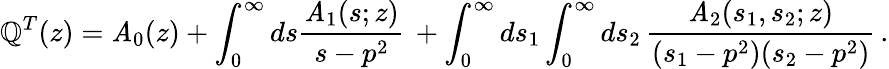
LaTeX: \mathbb{Q}^{T}(z)=\mathit{A}_{0}(z)+\int_{0}^{\infty}ds\frac{{\mathit{A}_{1}(s;z)}}{{s-p^{2}}}\, +\int_{0}^{\infty}ds_{1}\int_{0}^{\infty}ds_{2}\, \frac{{\mathit{A}_{2}(s_{1},s_{2};z)}}{{(s_{1}-p^{2})(s_{2}-p^{2})}}\, .